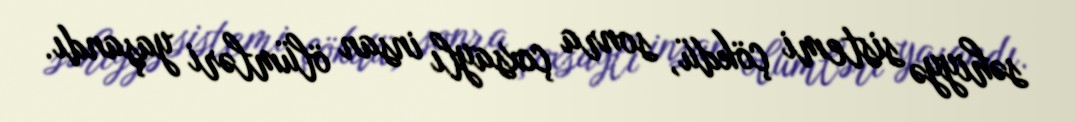
səhiyyə sistemi çökdü, sonra çoxsaylı insan ölümləri yaşandı.